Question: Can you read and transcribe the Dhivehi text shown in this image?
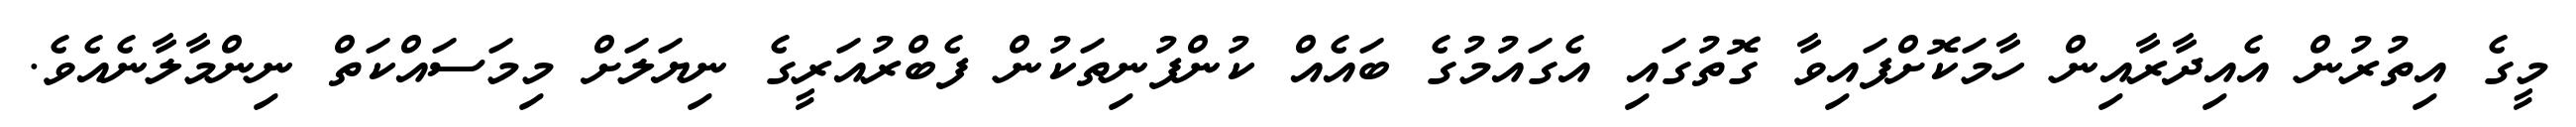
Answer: މީގެ އިތުރުން އެއިދާރާއިން ހާމަކޮށްފައިވާ ގޮތުގައި އެގައުމުގެ ބައެއް ކުންފުނިތަކުން ފެބްރުއަރީގެ ނިޔަލަށް މިމަސައްކަތް ނިންމާލާނެއެވެ.